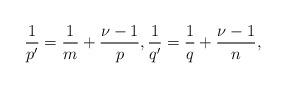
LaTeX: \begin{align*}\frac{1}{p'}=\frac{1}{m}+\frac{\nu-1}{p}, \frac{1}{q'}=\frac{1}{q}+\frac{\nu-1}{n}, \end{align*}